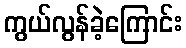
ကွယ်လွန်ခဲ့ကြောင်း